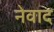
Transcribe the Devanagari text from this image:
नेवाद